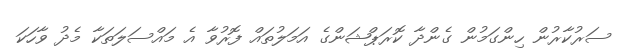
ސަރުކާރުން ހިންގަމުން ގެންދާ ކޮރަޕްޝަންގެ އަމަލުތައް ފޮރުވާ އެ މައްސަލަތަކާ މެދު ވާހަކަ